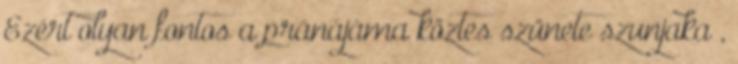
Ezért olyan fontos a pránájáma köztes szünete szunjaka ,